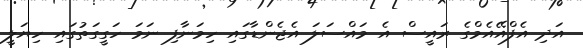
އަދި އެފްއޭއެމްގެ ރައީސް އެ މައްސަލަ އެޖެންޑާގައި ހިމަނާފި ނަމަ ހަގީގަތުގައި ހިޔަލީ